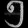
Digit: ၅